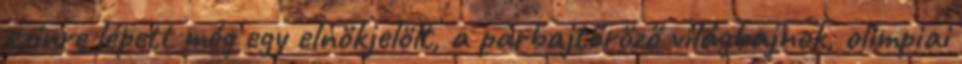
színre lépett még egy elnökjelölt, a párbajtőröző világbajnok, olimpiai